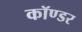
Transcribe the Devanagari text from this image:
कॉण्डर